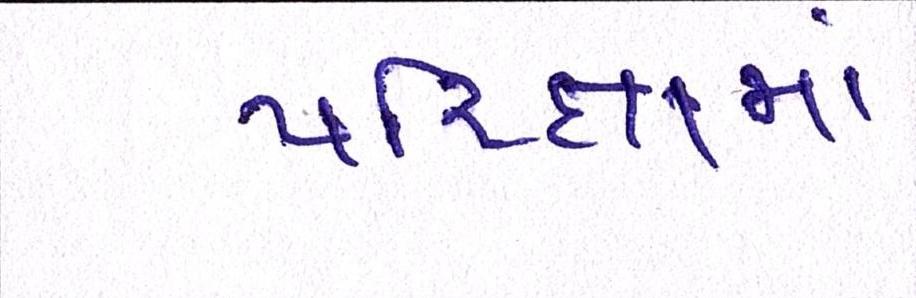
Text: પરિક્ષામાં